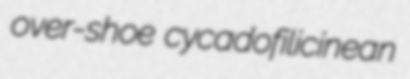
over-shoe cycadofilicinean